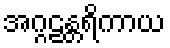
အဂ္ဂဠန္တရိကာယ